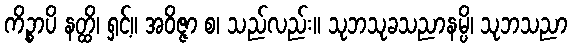
ကိဉ္စာပိ နတ္ထိ၊ ရှင့်။ အဝိဇ္ဇာ စ၊ သည်လည်း။ သုဘသုခသညာနမ္ပိ၊ သုဘသညာ